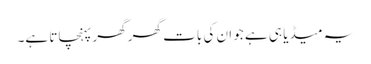
یہ میڈیا ہی ہے جو ان کی بات گھر گھر پہنچاتا ہے۔